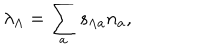
\lambda _ { \Lambda } = \sum _ { a } s _ { \Lambda a } n _ { a } ,